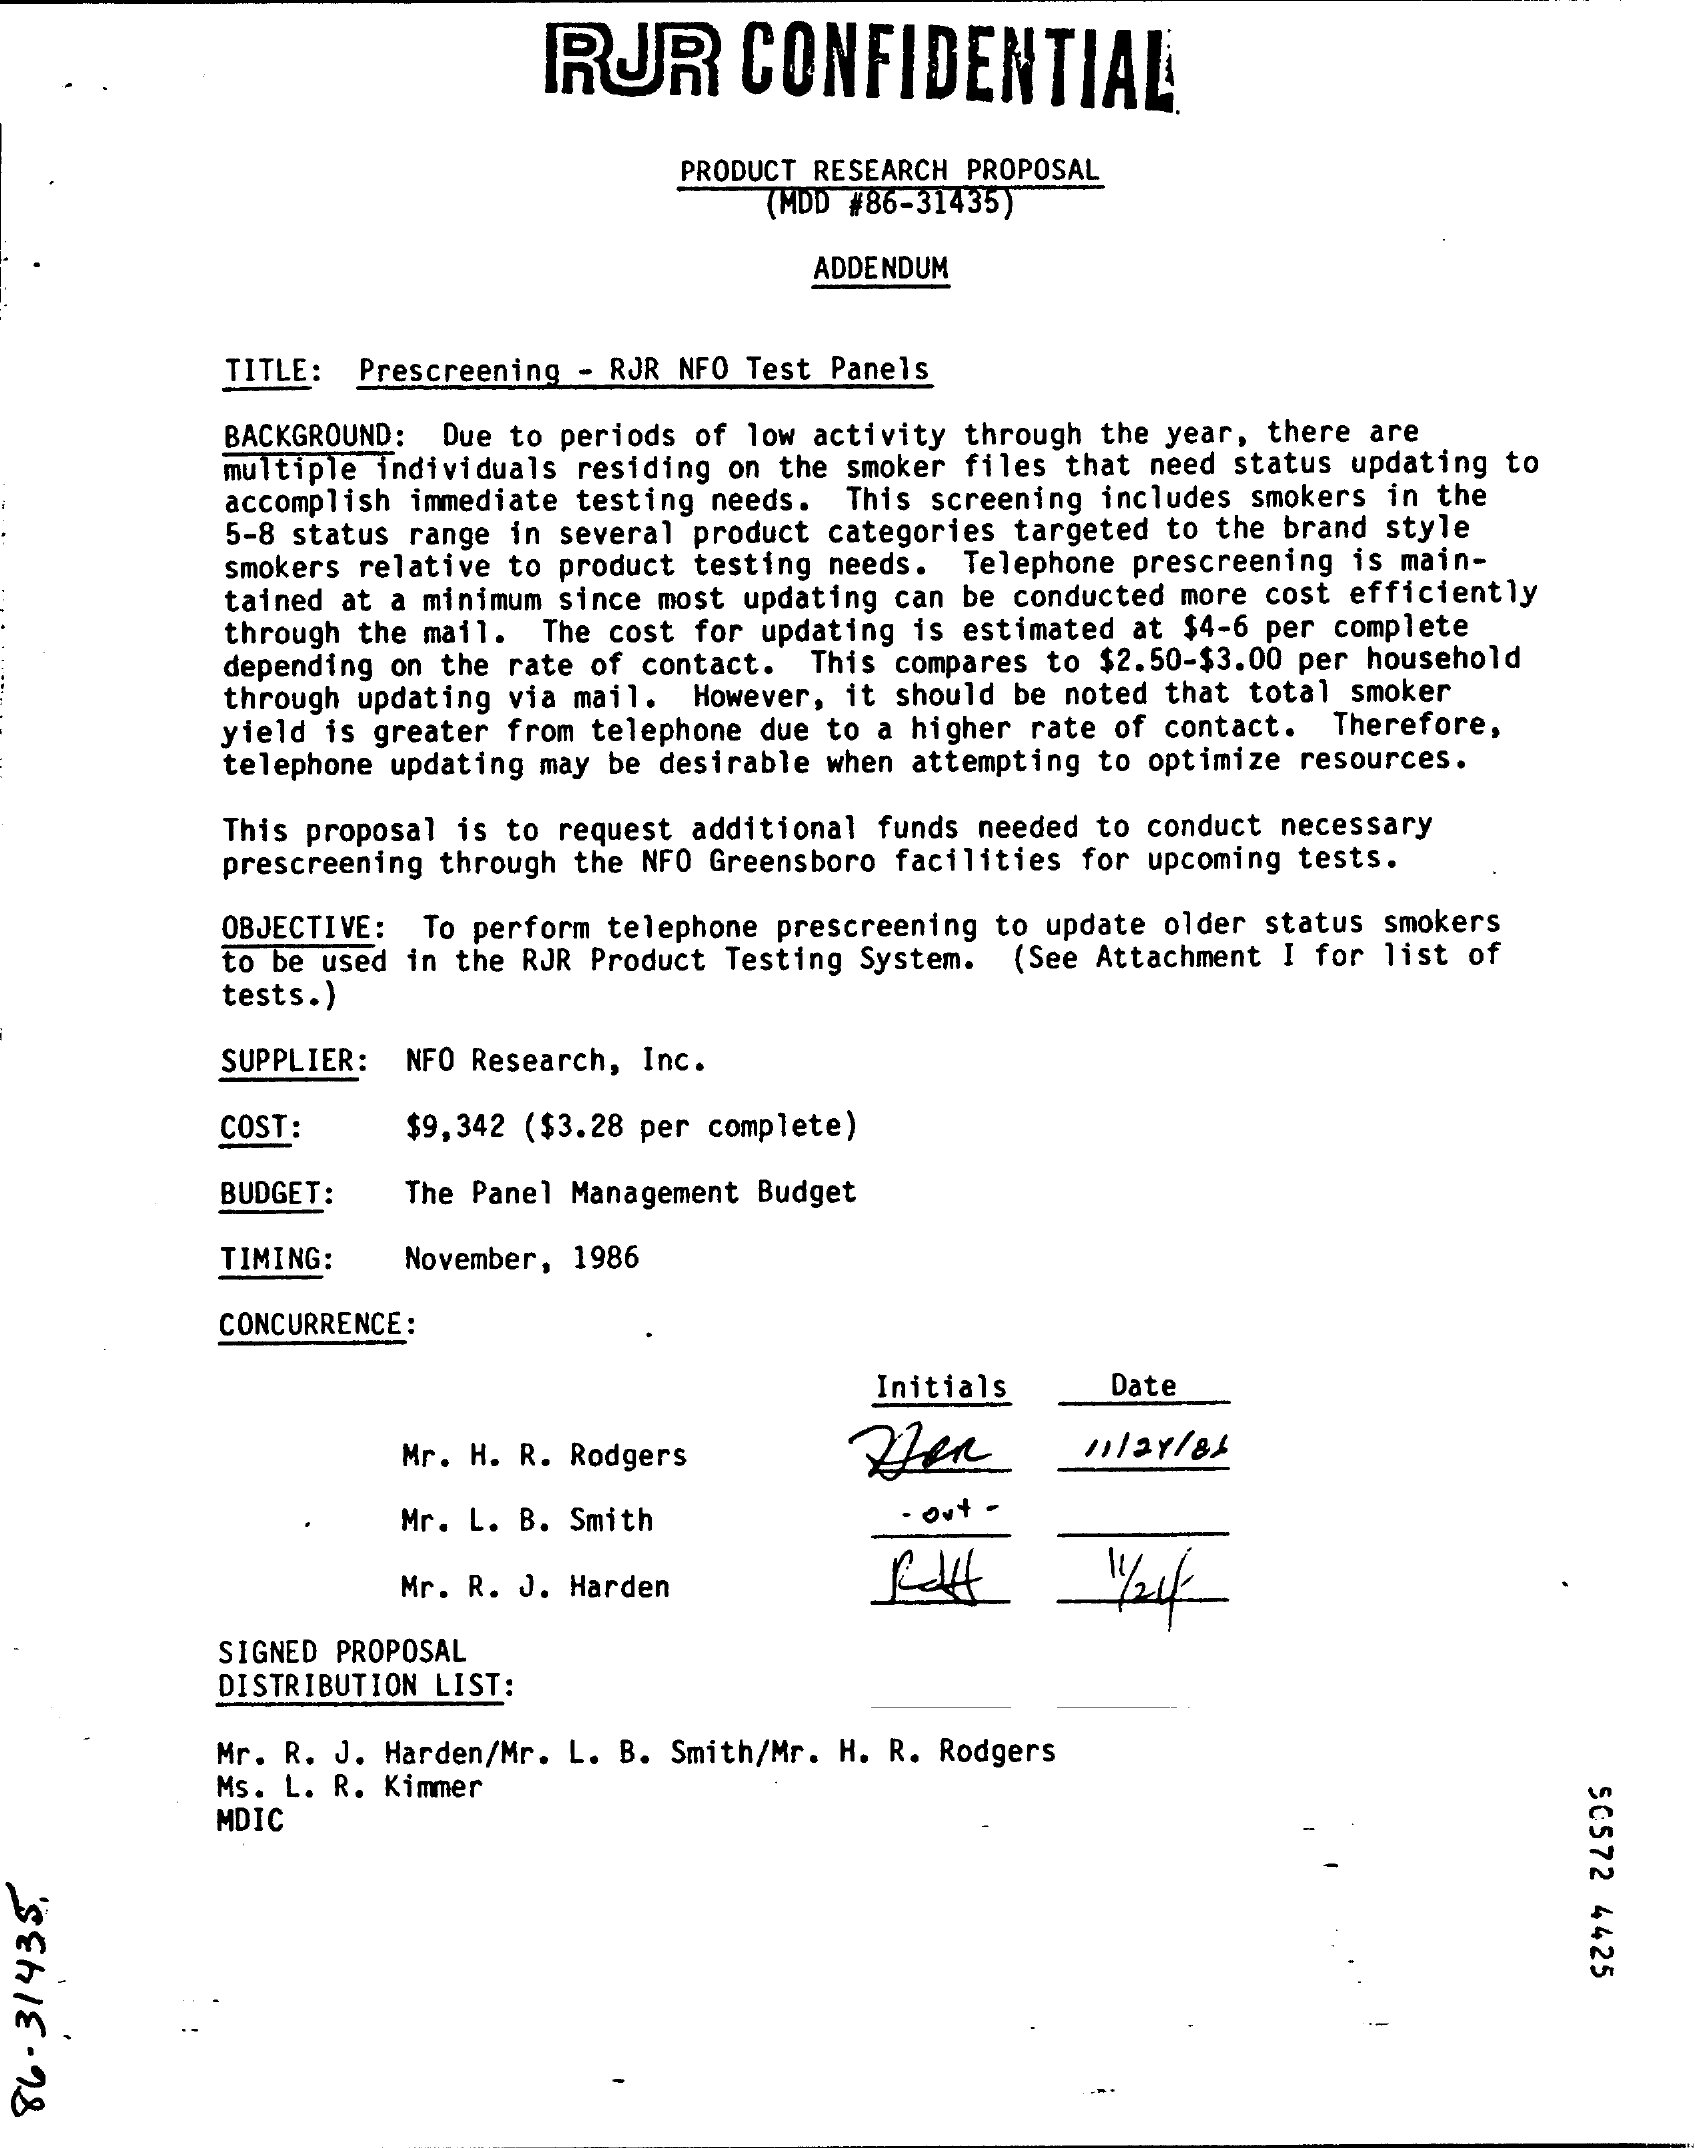
RUR    CONFIDENTIAL
     PRODUCT RESEARCH PROPOSAL
     (MDD #86-31435)
     ADDENDUM
     TITLE: Prescreening - RJR NFO Test Panels
     BACKGROUND: Due to periods of low activity through the year, there are
     multiple individuals residing on the smoker files that need status updating to
     accomplish immediate testing needs. This screening includes smokers in the
     5-8 status range in several product categories targeted to the brand style
     smokers relative to product testing needs. Telephone prescreening is main-
     tained at a minimum since most updating can be conducted more cost efficiently
     through the mail. The cost for updating is estimated at $4-6 per complete
     depending on the rate of contact. This compares to $2.50-$3.00 per household
     through updating via mail. However, it should be noted that total smoker
     yield is greater from telephone due to a higher rate of contact. Therefore,
     telephone updating may be desirable when attempting to optimize resources.
     This proposal is to request additional funds needed to conduct necessary
     prescreening through the NFO Greensboro facilities for upcoming tests.
     OBJECTIVE: To perform telephone prescreening to update older status smokers
     to be used in the RJR Product Testing System. (See Attachment I for list of
     tests.)
     SUPPLIER: NFO Research, Inc.
     COST:    $9, 342 ($3.28 per complete)
     BUDGET:   The Panel Management Budget
     TIMING:   November, 1986
     CONCURRENCE :
     Initials    Date
     Mr. H. R. Rodgers
     Mr. L. B. Smith    - out -
     Mr. R. J. Harden
     SIGNED PROPOSAL
     DISTRIBUTION LIST:
     Mr. R. J. Harden/Mr. L. B. Smith/Mr. H. R. Rodgers
     Ms. L. R. Kimmer
     50572
     4425
     MDIC
  86-31435.